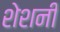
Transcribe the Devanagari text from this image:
शेशनी